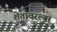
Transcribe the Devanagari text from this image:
शेतावरल्या